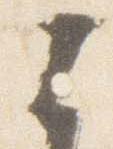
云